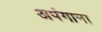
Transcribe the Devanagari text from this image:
अपंगाना